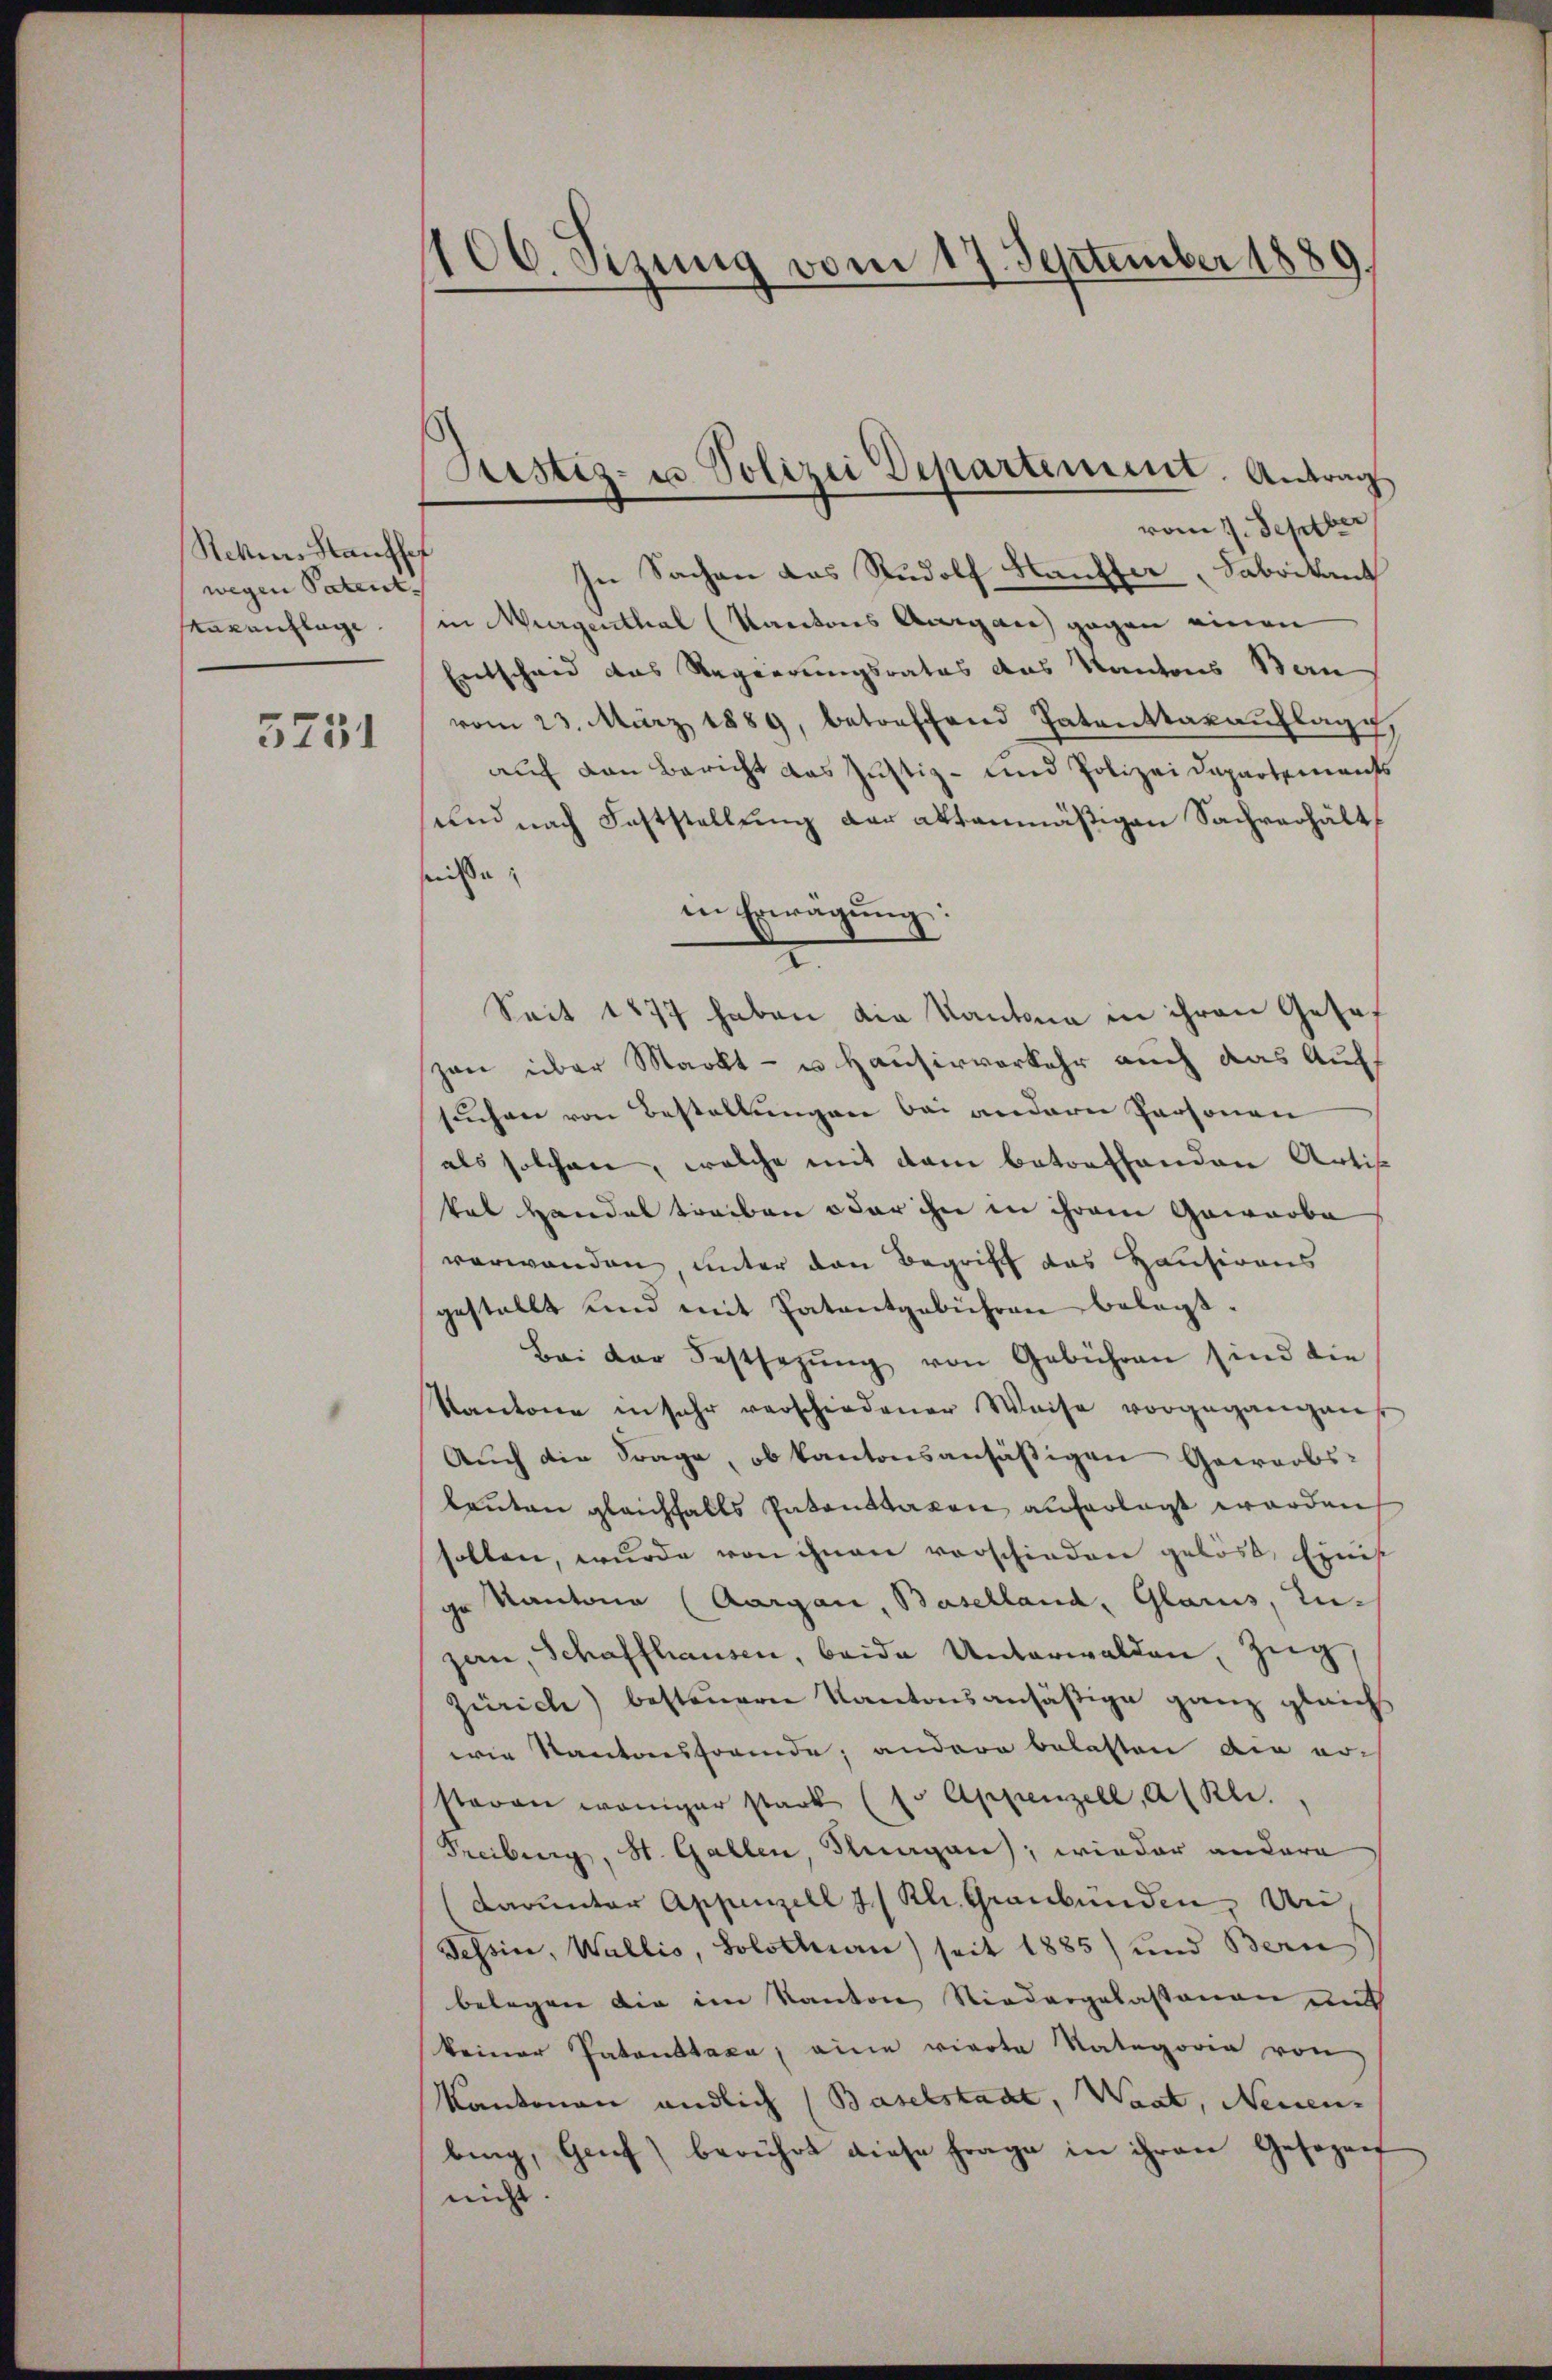
Rekias Haufsef
wegen Patent.
taxaichlage.

3731

106. Sizung vom 17. September 1889

In Sachen das Rudolf Häuffer Fabrikant
in Murgenthal (Kantons Aargau gegen einen
Entscheid das Regierungsrates das Kantons Bern
vom 23. März 1889, betreffend Patenttaxaŭflage,
auf den Bericht das Justiz- und Polizei Departements
und nach Feststellung der aktanmäßigen Sachverhält
niße,
in Erwägŭng:
Seit 1877 haben die Kantona in ihren Geset
zan über Markt- u. Hausirverkehr auch das Aufsuchen von Bestellungen bei andern Personen
als solchen, welche mit dem betreffenden Artis-
kal Handel treiben oder ihn in ihrem Gewarba
verwanden, unter den Begriff das Hausirons
gestellt und mit Patentgebühren belegt.
Bei der Festsezung von Gebühren sind die
Kantone in sehr verschiedener Weise vorgegangen
Auch die Frage, ob kantonsansäßigen Gewerbs-
lauten gleichfalls Patanttaxen auferlegt worden
solten, wurde von ihnen vorschieden gelöst, Einist
ge Kantone (Aargau, Baselland, Glarus, Zu-
gan, Schaffhausen, beide Unterwalden Zug,
Zürich) besteuern Kantonsansäßige ganz gleichs
wie Kantonsfremde, andere belasten die ersteren weniger stark (so Appenzell, alle.
Freiburg, St. Gallen, Suagan, wieder andera
Carunter Appenzell 7 / Kl. Graubünden. An
Tessin, Wallis, Solothurn seit 1885) und Bern
belegen die im Kanton Niedergelassenen mit
keiner Patonstaxa, eine vierte Kategorie von
Kantonen endlich (Baselstadt, Waat, Neuen
bing, Genf) berührt diese Frage in ihren Gesezenf
nicht

Rustiz- u. Polizei Departement. Antrag
vom 1. Septbr